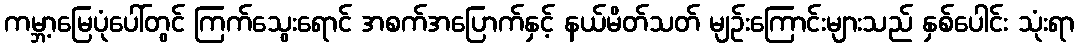
ကမ္ဘာ့မြေပုံပေါ်တွင် ကြက်သွေးရောင် အစက်အပြောက်နှင့် နယ်မိတ်သတ် မျဉ်းကြောင်းများသည် နှစ်ပေါင်း သုံးရာ